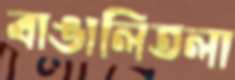
বাঙালিতলা